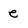
Character: e